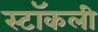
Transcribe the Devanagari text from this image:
स्टॉकली